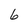
Character: 6